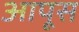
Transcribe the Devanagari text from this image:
आपूस